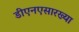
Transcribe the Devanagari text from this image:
डीएनएसारख्या